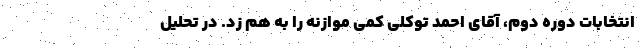
انتخابات دوره دوم، آقای احمد توکلی کمی موازنه را به هم زد. در تحلیل